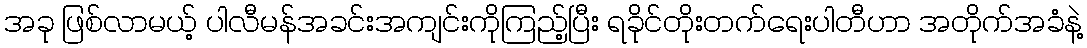
အခု ဖြစ်လာမယ့် ပါလီမန်အခင်းအကျင်းကိုကြည့်ပြီး ရခိုင်တိုးတက်ရေးပါတီဟာ အတိုက်အခံနဲ့